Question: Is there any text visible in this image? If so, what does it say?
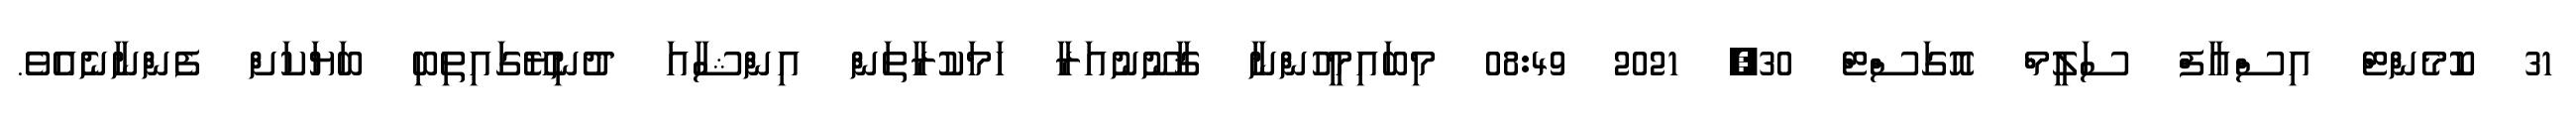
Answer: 31 ކޮމެންޓް އިސްޢާފް ސަލީމް އޮގަސްޓް 30, 2021 08:49 މިބައިމީހުންނާ ޤާނޫނުއަރާ ހަމަކުރާތަން އިންޝާއަ ދުނިޔޭގައިތިބި ބަޔަކަށް ފެންނާނެއެވެ.